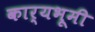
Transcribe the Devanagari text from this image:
कार्यभूमी